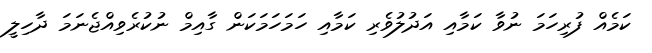
ކަމެއް ފުރިހަމަ ނުވާ ކަމާއި އަދުލުވެރި ކަމާއި ހަމަހަމަކަން ގާއިމް ނުކުރެވިއްޖެނަމަ ދާހިލީ